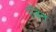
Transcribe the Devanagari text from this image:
पंडि़त